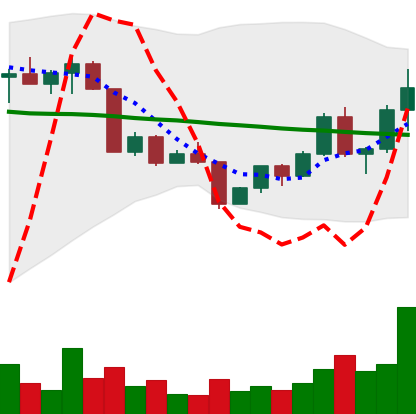
Ticker: EOS-USD
Chart end date: 2022-04-20
Forward return: -14.025%
Label: down_7plus